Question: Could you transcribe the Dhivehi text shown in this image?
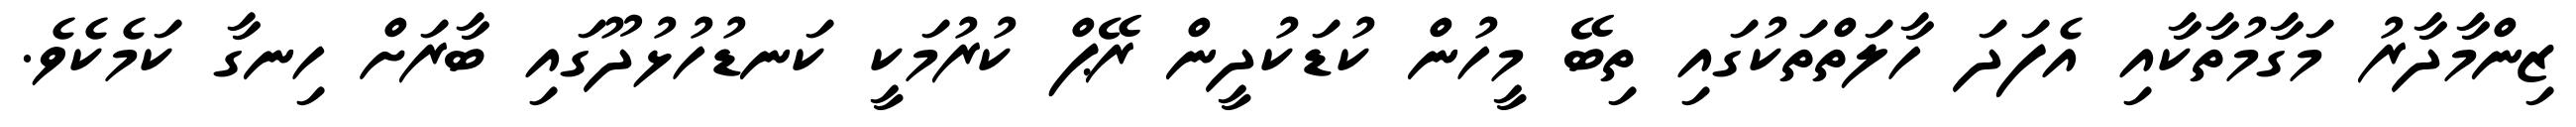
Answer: ޒިންމާދާރު މަގާމުތާކާއި އެފަދަ ހާލަތްތަކުގައި ތިބޭ މީހުން ކުޑަކުދީން ރޭޕް ކުރުމަކީ ކަނޑުހުޅުދޫގައި ބާރަށް ހިނގާ ކަމެކެވެ.